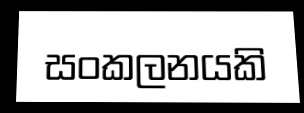
සංකලනයකි